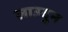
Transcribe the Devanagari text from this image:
लाउदुन